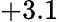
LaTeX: +3.1